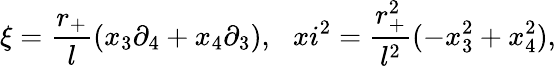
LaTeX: \xi=\frac{r_{+}}{l}(x_{3}\partial_{4}+x_{4}\partial_{3}),\ \ \, xi^{2}=\frac{r_{+}^{2}}{l^{2}}(-x_{3}^{2}+x_{4}^{2}),